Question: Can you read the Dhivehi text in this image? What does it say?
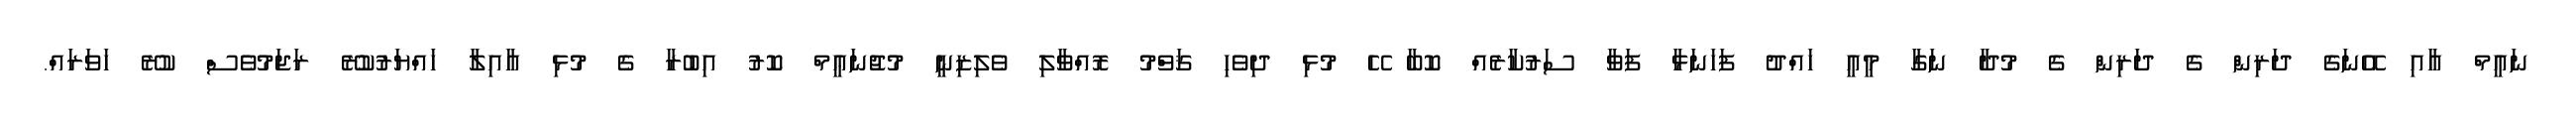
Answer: ނައީމް އާއި އޭނަގެ ދަރިން ގެ ދަރިން ގެ މުދާ ނަގާ މީއީ ހައްދު ފަހަނަޅާ ފަވާ ސަރުކާރެއް ކޮބާ ހޭ މުޅި ދިވެހި ޤަވްމު ރޮއްވާލި ވެލިޒިނީ މުޖުނަޢީމް ކޮރު އިބުރާ ގެ މުޅި އާއިލާ ހައްޔަރުކުރޭ ރަޖަމުވެސް ކުރޭ ހަވަރައް.